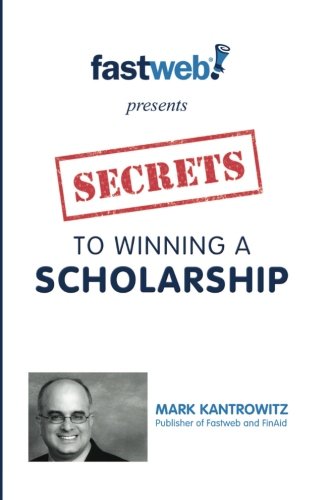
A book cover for Secrets to Winning a Scholarship; Mark Kantrowitz; Education & Teaching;